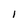
Character: l